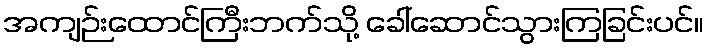
အကျဉ်းထောင်ကြီးဘက်သို့ ခေါ်ဆောင်သွားကြခြင်းပင်။